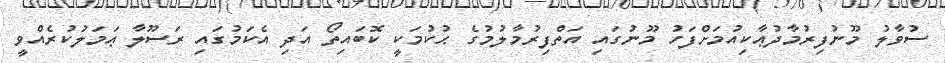
ސުވާލު މޫނުފިރުމާދުޢާކިއުމަށްފަހު މޫނުގައި އަތްފިރުމާލުމުގެ ޙުކުމަކީ ކޮބައިތޯ އަދި އެކަމުގައި ރަސޫލާ ޢަމަލުކުރެއްވީ